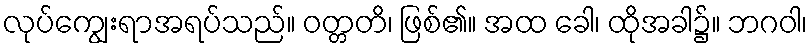
လုပ်ကျွေးရာအရပ်သည်။ ဝတ္တတိ၊ ဖြစ်၏။ အထ ခေါ၊ ထိုအခါ၌။ ဘဂဝါ၊